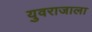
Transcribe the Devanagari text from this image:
युवराजाला